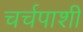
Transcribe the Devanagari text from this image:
चर्चपाशी